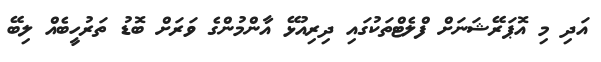
އަދި މި އޮޕަރޭޝަނަށް ފްލެޓްތަކުގައި ދިރިއުޅޭ އާންމުންގެ ވަރަށް ބޮޑު ތަރުހީބެއް ލިބޭ